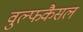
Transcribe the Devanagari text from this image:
वुल्फकैसल